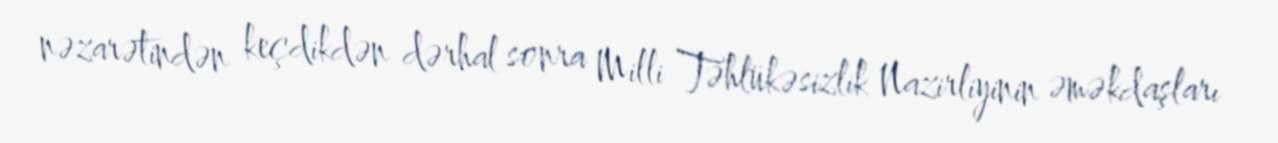
nəzarətindən keçdikdən dərhal sonra Milli Təhlükəsizlik Nazirliyinin əməkdaşları